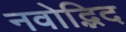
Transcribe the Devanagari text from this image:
नवोद्भिद